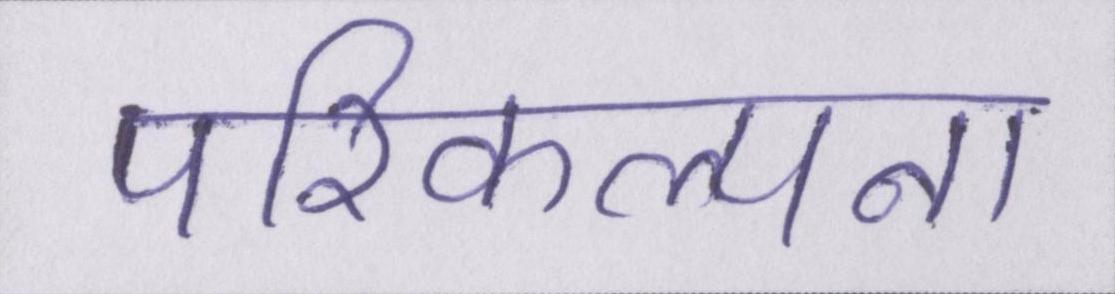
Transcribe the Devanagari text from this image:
परिकल्पना